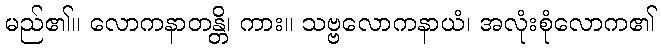
မည်၏။ လောကနာတန္တိ၊ ကား။ သဗ္ဗလောကနာယံ၊ အလုံးစုံလောက၏